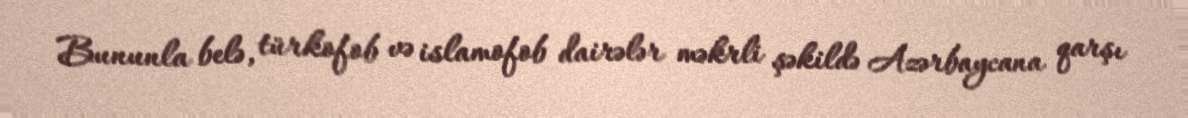
Bununla belə, türkofob və islamofob dairələr məkrli şəkildə Azərbaycana qarşı